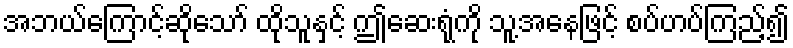
အဘယ်ကြောင့်ဆိုသော် ထိုသူနှင့် ဤဆေးရုံကို သူ့အနေဖြင့် စပ်ဟပ်ကြည့်၍